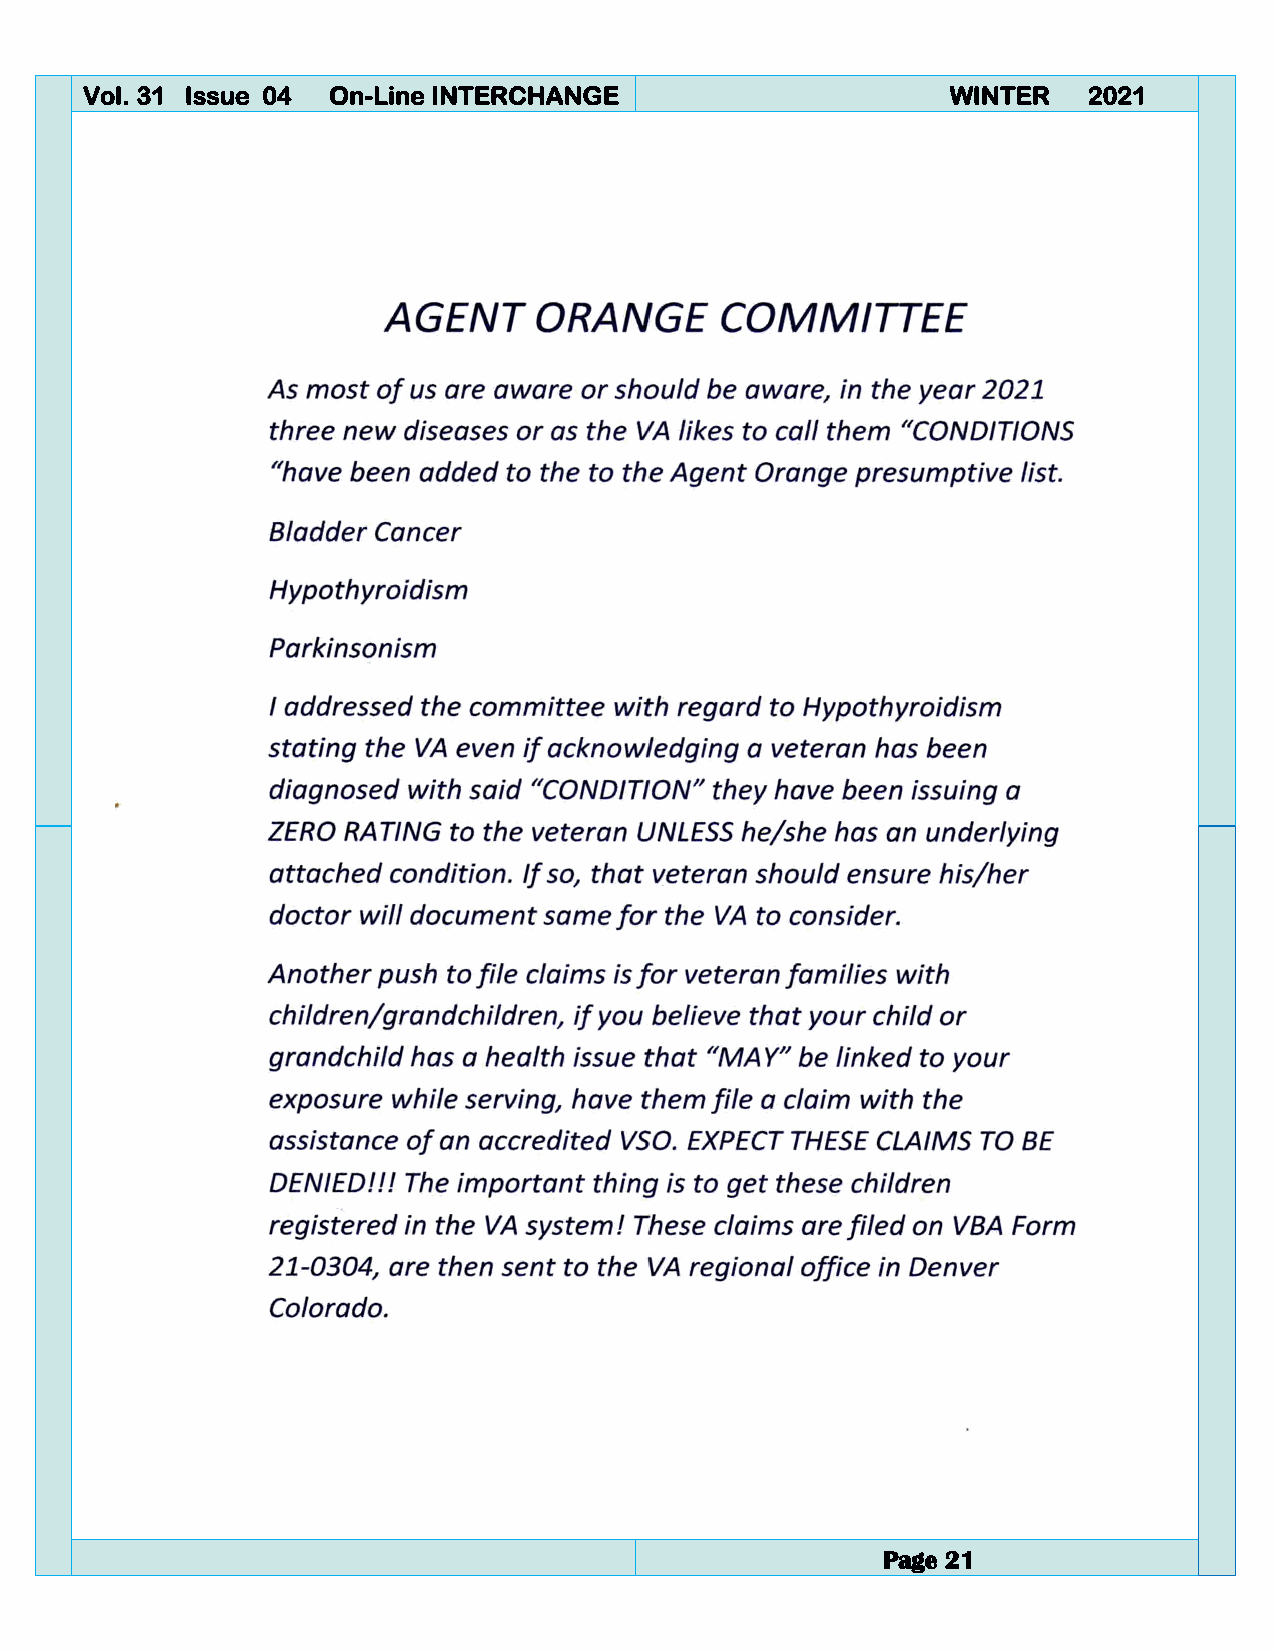
Vol. 31 Issue 04 On-Line INTERCHANGE                      WINTER   2021
 Page 21